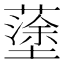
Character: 𡒎